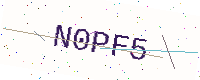
Text: N0PF5